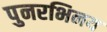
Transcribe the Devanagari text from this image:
पुनरभिनय